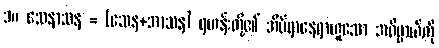
၁။ သေနာသန = (သေန+အာသန) ရဟန်းတို့၏ အိပ်ရာနေရာဟူသော အဓိပ္ပာယ်ကို